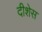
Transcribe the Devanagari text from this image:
दीशेस